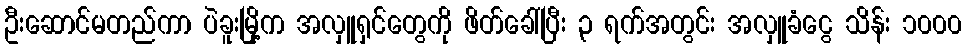
ဦးဆောင်မတည်ကာ ပဲခူးမြို့က အလှူရှင်တွေကို ဖိတ်ခေါ်ပြီး ၃ ရက်အတွင်း အလှူခံငွေ သိန်း ၁၀၀၀